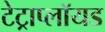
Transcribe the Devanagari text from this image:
टेट्राप्लॉयड